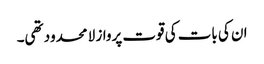
ان کی بات کی قوت پرواز لا محدود تھی۔